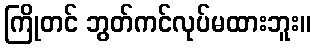
ကြိုတင် ဘွတ်ကင်လုပ်မထားဘူး။